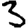
Digit: 3